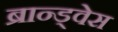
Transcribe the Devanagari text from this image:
ब्रान्ड्वेस